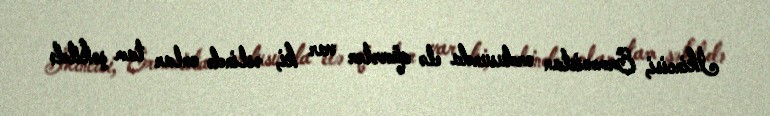
İkincisi, Ermənistan ordusunda elə qüvvələr var ki, əslində onlar tam şəkildə